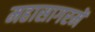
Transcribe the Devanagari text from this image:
महासागरमें